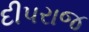
દીપરાજ